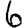
Digit: 6